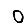
Digit: 0